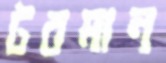
টবমান